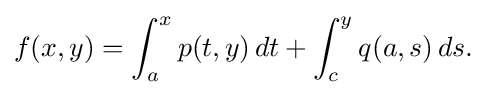
\displaystyle {f(x,y)=\int _{a}^{x}p(t,y)\,dt+\int _{c}^{y}q(a,s)\,ds.}